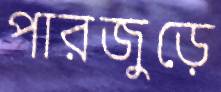
পারজুড়ে